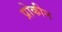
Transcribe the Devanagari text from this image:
प्रोकीन